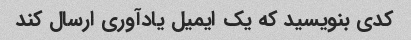
کدی بنویسید که یک ایمیل یادآوری ارسال کند